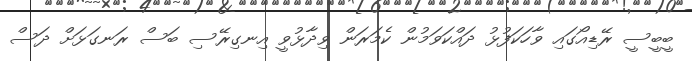
ބީބީސީ ރޭޑިއޯގައި ވާހަކަފުޅު ދައްކަވަމުން ކެމަރަން ވިދާޅުވީ އިނގިރޭސި ބަސް ރަނގަޅަށް ދަސް